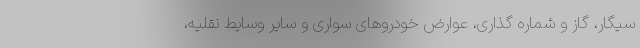
سیگار، گاز و شماره گذاری، عوارض خودروهای سواری و سایر وسایط نقلیه،